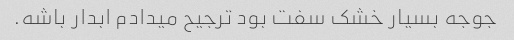
جوجه بسیار خشک سفت بود ترجیح میدادم ابدار باشه‌.